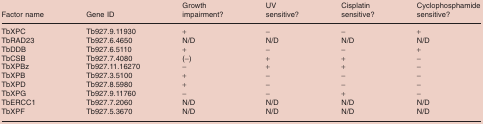
<table><thead><tr><td><b>Factor name</b></td><td><b>Gene ID</b></td><td><b>Growth impairment?</b></td><td><b>UV sensitive?</b></td><td><b>Cisplatin sensitive?</b></td><td><b>Cyclophosphamide sensitive?</b></td></tr></thead><tbody><tr><td>TbXPC</td><td>Tb927.9.11930</td><td>+</td><td>−</td><td>−</td><td>+</td></tr><tr><td>TbRAD23</td><td>Tb927.6.4650</td><td>N/D</td><td>N/D</td><td>N/D</td><td>N/D</td></tr><tr><td>TbDDB</td><td>Tb927.6.5110</td><td>+</td><td>−</td><td>−</td><td>+</td></tr><tr><td>TbCSB</td><td>Tb927.7.4080</td><td>(−)</td><td>+</td><td>+</td><td>−</td></tr><tr><td>TbXPBz</td><td>Tb927.11.16270</td><td>−</td><td>+</td><td>+</td><td>−</td></tr><tr><td>TbXPB</td><td>Tb927.3.5100</td><td>+</td><td>−</td><td>−</td><td>−</td></tr><tr><td>TbXPD</td><td>Tb927.8.5980</td><td>+</td><td>−</td><td>−</td><td>−</td></tr><tr><td>TbXPG</td><td>Tb927.9.11760</td><td>−</td><td>−</td><td>+</td><td>−</td></tr><tr><td>TbERCC1</td><td>Tb927.7.2060</td><td>N/D</td><td>N/D</td><td>N/D</td><td>N/D</td></tr><tr><td>TbXPF</td><td>Tb927.5.3670</td><td>N/D</td><td>N/D</td><td>N/D</td><td>N/D</td></tr></tbody></table>